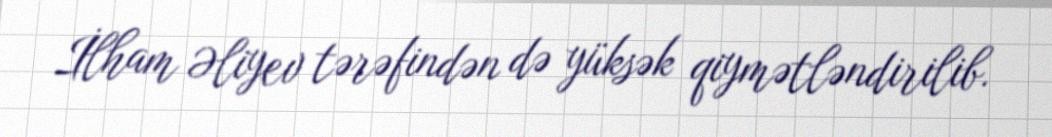
İlham Əliyev tərəfindən də yüksək qiymətləndirilib.